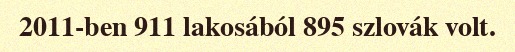
2011-ben 911 lakosából 895 szlovák volt.